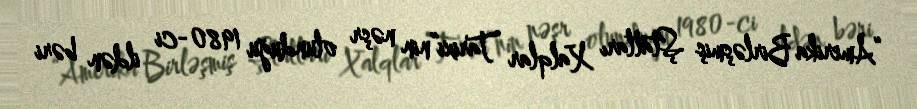
“Amerika Birləşmiş Ştatları Xalqlar Tarixi”nin nəşr olunduğu 1980-ci ildən bəri